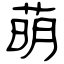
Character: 萌